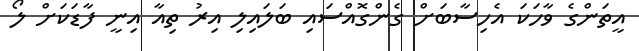
އީތަންގެ ވާހަކަ އެހިސާބަށް ގެންގޮއްސައި ބަލައިލި އިރު ތިއާ އިނީ ފާޑަކަށް ލޯ